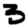
Digit: 3